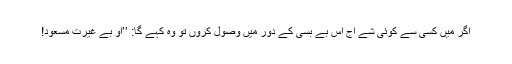
اگر مَیں کسی سے کوئی شے آج اس بے بسی کے دَور میں وصول کروں تو وہ کہے گا: ’’او بے غیرت مسعود!